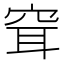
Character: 𥥯